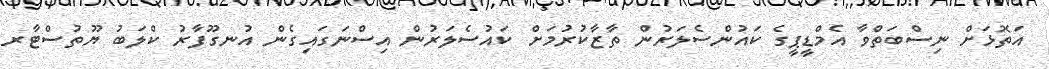
އަތޮޅަށް ނިސްބަތްވާ އެމްޑީޕީގެ ކައުންސެލަރުން ތާޒާކުރުމަށް ކައުސެލަރުން އިސްނަގައިގެން އުނގޫފާރު ކްލަބު ޔޫތުސްޓާރ